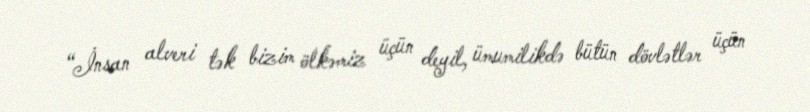
“İnsan alveri tək bizim ölkəmiz üçün deyil, ümumilikdə bütün dövlətlər üçün